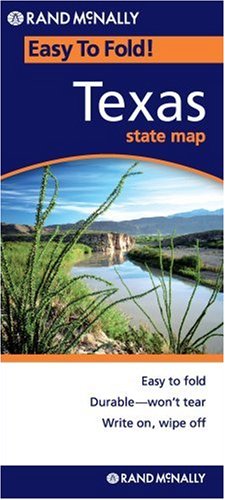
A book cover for Rand McNally Easy To Fold: Texas; Rand McNally; Reference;